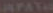
RPATE